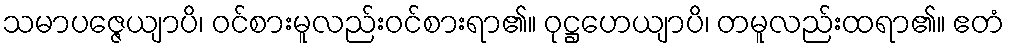
သမာပဇ္ဇေယျာပိ၊ ဝင်စားမူလည်းဝင်စားရာ၏။ ဝုဋ္ဌဟေယျာပိ၊ တမူလည်းထရာ၏။ ဧတံ